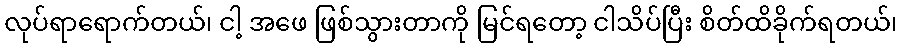
လုပ်ရာရောက်တယ်၊ ငါ့ အဖေ ဖြစ်သွားတာကို မြင်ရတော့ ငါသိပ်ပြီး စိတ်ထိခိုက်ရတယ်၊